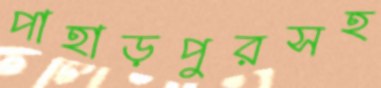
পাহাড়পুরসহ